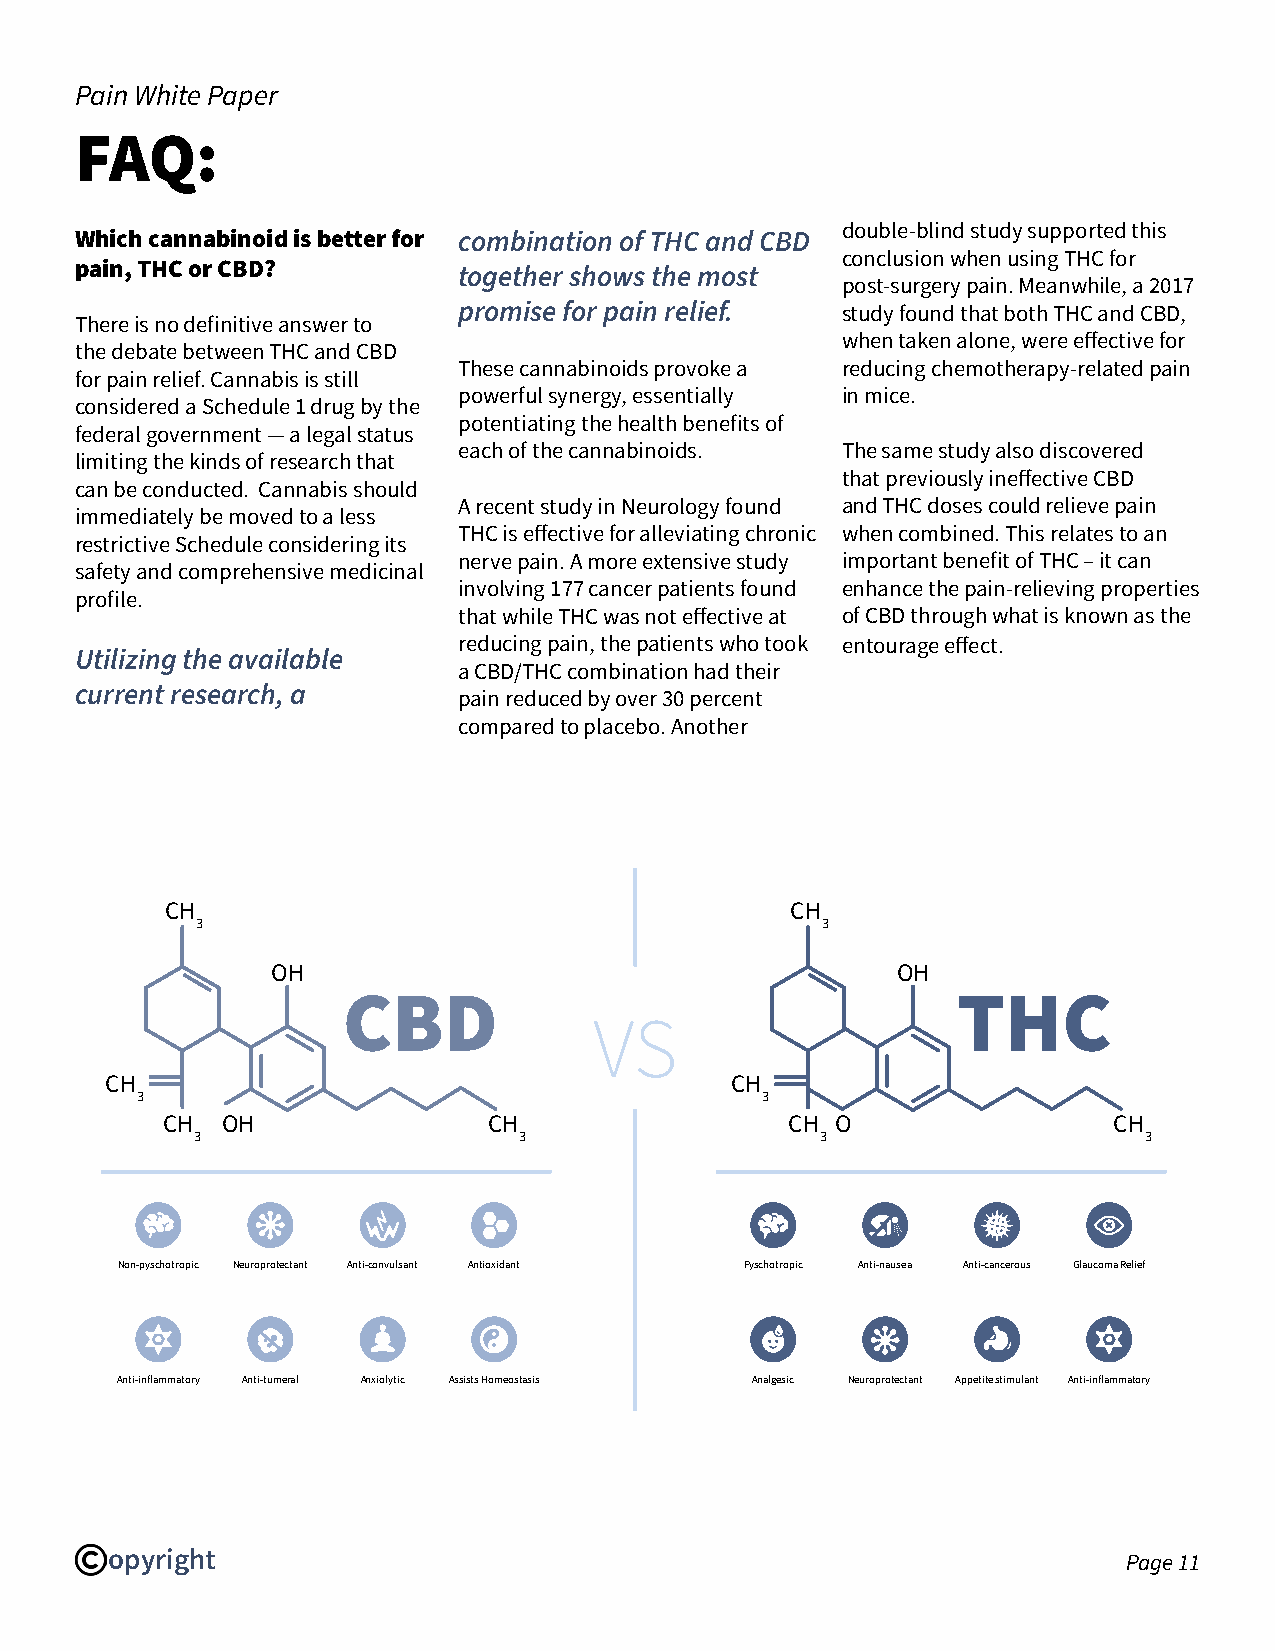
Pain White Paper
 FAQ:
 double-blind study supported this
 Which cannabinoid is better for combination of THC and CBD
 conclusion when using THC for
 pain, THC or CBD?
 together shows the most
 post-surgery pain. Meanwhile, a 2017
 promise for pain relief.  study found that both THC and CBD,
 There is no definitive answer to
 when taken alone, were effective for
 the debate between THC and CBD
 These cannabinoids provoke a reducing chemotherapy-related pain
 for pain relief. Cannabis is still
 powerful synergy, essentially in mice.
 considered a Schedule 1 drug by the
 potentiating the health benefits of
 federal government — a legal status
 each of the cannabinoids. The same study also discovered
 limiting the kinds of research that
 that previously ineffective CBD
 can be conducted. Cannabis should
 A recent study in Neurology found and THC doses could relieve pain
 immediately be moved to a less
 THC is effective for alleviating chronic when combined. This relates to an
 restrictive Schedule considering its
 nerve pain. A more extensive study important benefit of THC – it can
 safety and comprehensive medicinal
 involving 177 cancer patients found enhance the pain-relieving properties
 profile.
 that while THC was not effective at of CBD through what is known as the
 reducing pain, the patients who took entourage effect.
 Utilizing the available
 a CBD/THC combination had their
 current research, a      pain reduced by over 30 percent
 compared to placebo. Another
 CH                                       CH
 3                                        3
 OH                                       OH
 CBD                                     THC
 VS
 CH                                       CH
 3                                        3
 CH  OH               CH                  CH O                  CH
 3                    3                   3                     3
 Non-pyschotropic Neuroprotectant Anti-convulsant Antioxidant Pyschotropic Anti-nausea Anti-cancerous Glaucoma Relief
 Anti-inflammatory Anti-tumeral Anxiolytic Assists Homeostasis Analgesic Neuroprotectant Appetite stimulant Anti-inflammatory
 opyright
 Page 11